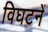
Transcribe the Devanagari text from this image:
विघटनें